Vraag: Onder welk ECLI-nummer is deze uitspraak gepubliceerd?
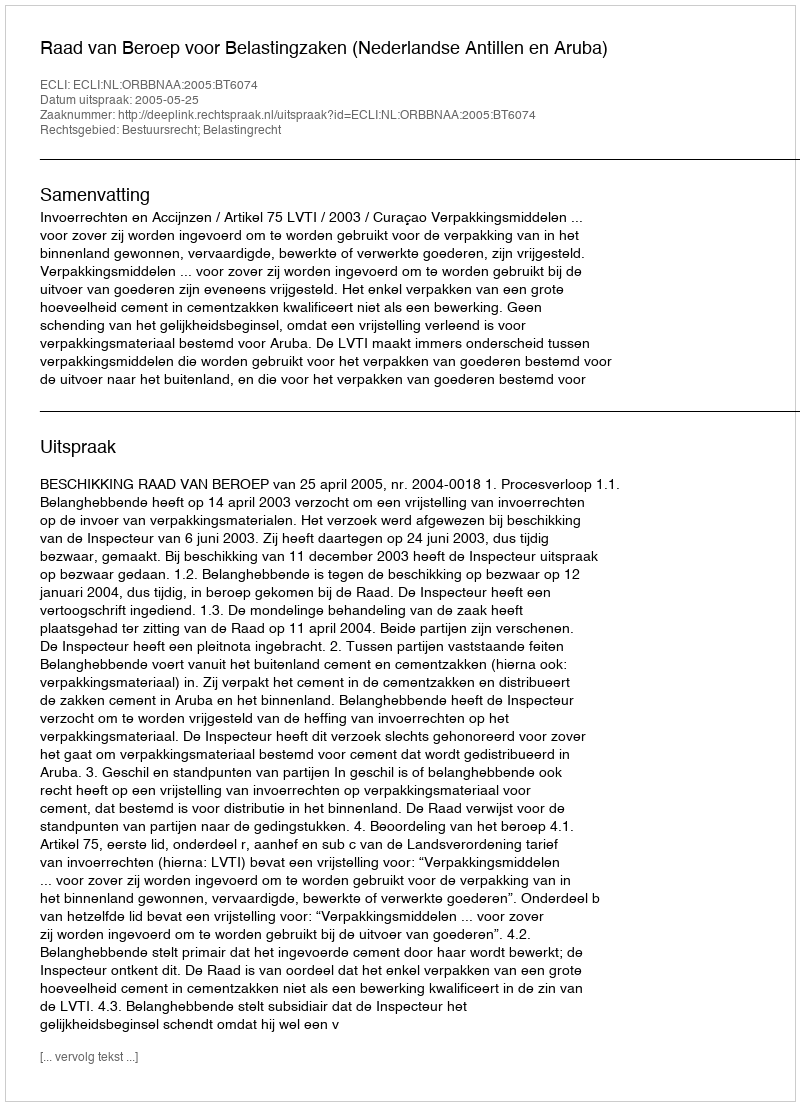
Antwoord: ECLI:NL:ORBBNAA:2005:BT6074